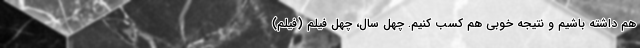
هم داشته باشیم و نتیجه خوبی هم کسب کنیم. چهل سال، چهل فیلم (فیلم)